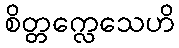
စိတ္တက္လေသေဟိ